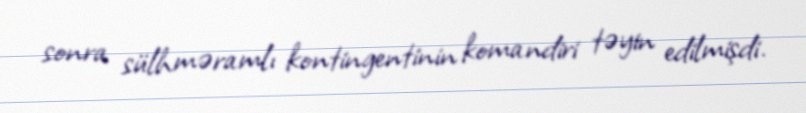
sonra sülhməramlı kontingentinin komandiri təyin edilmişdi.